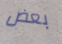
بعض